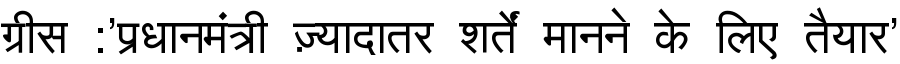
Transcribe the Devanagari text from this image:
ग्रीस :'प्रधानमंत्री ज़्यादातर शर्तें मानने के लिए तैयार'